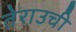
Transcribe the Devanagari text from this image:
तेराउची